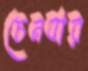
চেনবার